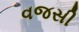
વજસી